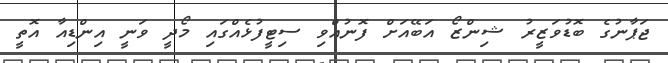
ޖަޕާނުގެ ބޮޑުވަޒީރު ޝިންޒޯ އަބޭއަށް ފޮނުއްވި ސިޓީފުޅެއްގައި މޯދީ ވަނީ އިންޑިއާ އޮތީ